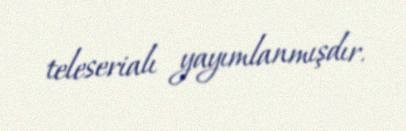
teleserialı yayımlanmışdır.